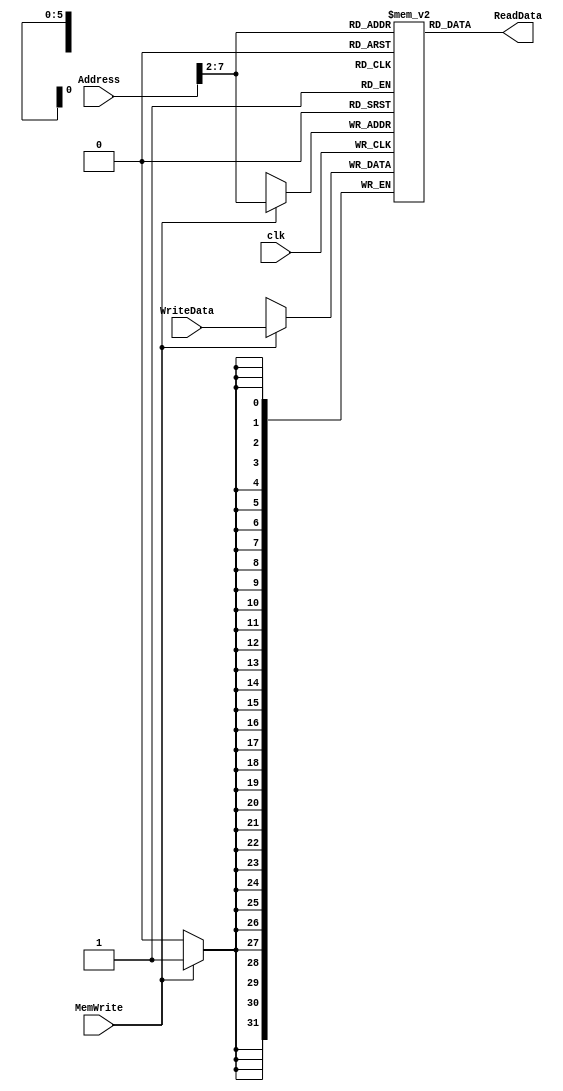
module Data_Memory(
  input             clk,
  input             MemWrite, //activ pe 1, permite scrierea in memorie
  input      [31:0] Address,
  input      [31:0] WriteData,
  output reg [31:0] ReadData
);
  
  reg [31:0] RAM [63:0];
  reg [31:0] word2;

  integer i;
  
  
  initial 
    begin
      for (i = 0; i < 64; i = i + 1)
        RAM[i] = 0; 
    end
  
  
  always @(posedge clk)
    begin
      if (MemWrite == 1) 
        RAM[Address[31:2]] <= WriteData; //word-aligned write (for sw)
    end
  
  assign ReadData = RAM[Address[31:2]]; //word-aligned read (for lw)
  
  
  always @(*)
    begin
      word2 = RAM[2];
    end
  
  endmodule